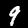
Digit: 9